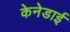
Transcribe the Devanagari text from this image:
केनेडाई